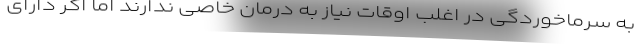
به سرماخوردگی در اغلب اوقات نیاز به درمان خاصی ندارند اما اگر دارای